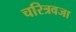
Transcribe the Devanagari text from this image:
चरित्रवजा